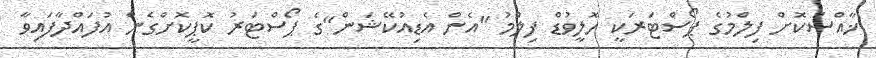
ޚާއްސަކޮށް ފިލްމުގެ ޕޯސްޓަރަކީ ހޮލީވުޑް ފިލްމު "އެން އެޑިއުކޭޝަން"ގެ ޕޯސްޓަރު ކޮޕީކޮށްގެން އުފައްދާފައިވާ